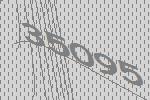
35095